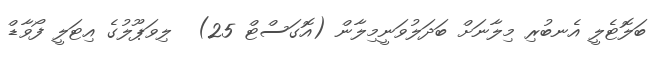
ބަލޮޓެލީ އެނބުރި މިލާނަށް ބަދަލުވަނީމިލާން (އޮގަސްޓް 25)  ލިވަޕޫލުގެ އިޓަލީ ފޯވާޑް